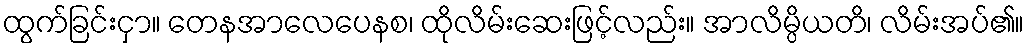
ထွက်ခြင်းငှာ။ တေနအာလေပေနစ၊ ထိုလိမ်းဆေးဖြင့်လည်း။ အာလိမ္ပိယတိ၊ လိမ်းအပ်၏။